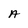
Character: A